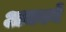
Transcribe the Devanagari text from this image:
अकाने